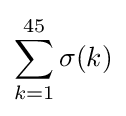
\sum _{k=1}^{45}\sigma (k)